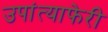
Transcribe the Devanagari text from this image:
उपांत्याफेरी